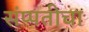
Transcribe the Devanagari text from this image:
संप्पतीचा